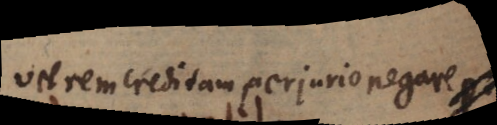
veren crecitan periurio negnre g